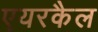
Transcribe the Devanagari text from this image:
एयरकैल